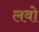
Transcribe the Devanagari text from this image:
लवो